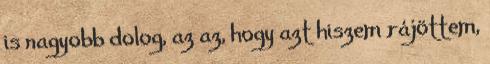
is nagyobb dolog, az az, hogy azt hiszem rájöttem,